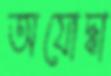
অযোদ্ধা